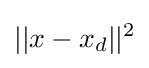
{||x-{x_{d}}|{|^{2}}}